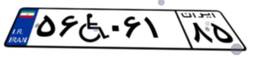
۵۶W۰۶۱۸۵